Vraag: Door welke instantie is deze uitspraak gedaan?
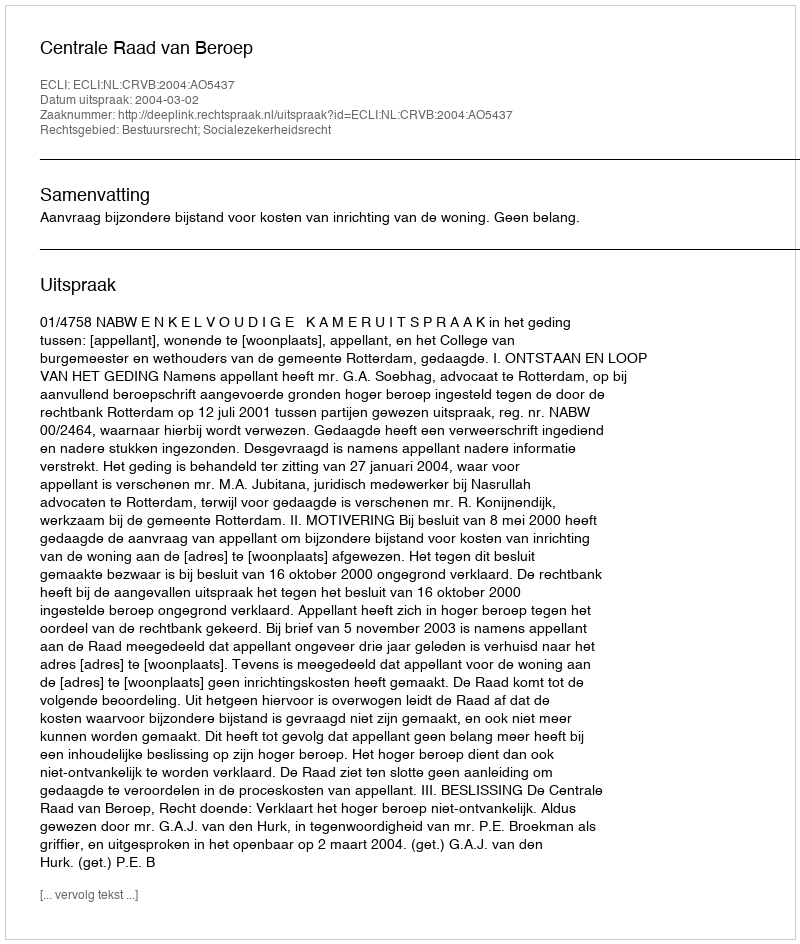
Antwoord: Centrale Raad van Beroep